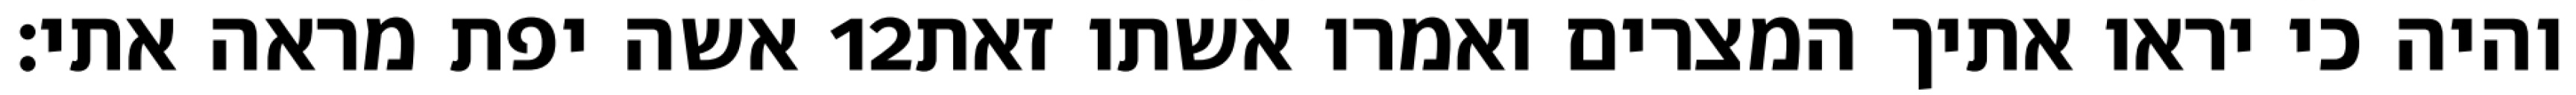
אשה יפת מראה אתי׃ ‎12‏ והיה כי יראו אתיך המצרים ואמרו אשתו זאת